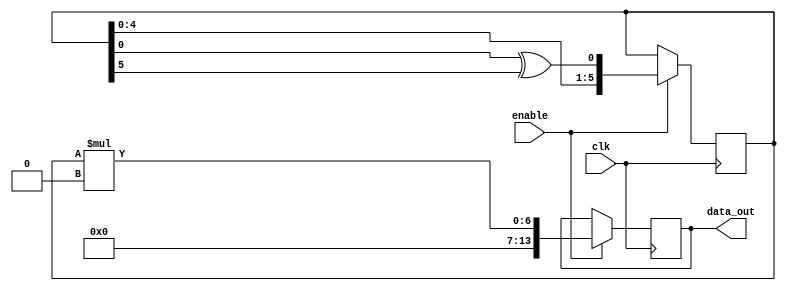
//LFSR13
module lfsr13 (data_out, clk, enable);
	output reg [13:0] data_out;
	input clk, enable;
	reg [5:0] sreg;
	wire constant = 8'd250;

	initial sreg = 6'd1;
	initial data_out = 13'd0;
	
	always @(posedge clk)
	if (enable == 1'b1) begin
		sreg 		<= {sreg[4:0], sreg[0] ^ sreg[5]};
	
		data_out 	<= sreg*constant;
	end

endmodule // lfsr13